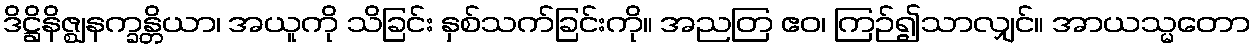
ဒိဋ္ဌိနိဇ္ဈနက္ခန္တိယာ၊ အယူကို သိခြင်း နှစ်သက်ခြင်းကို။ အညတြ ဧဝ၊ ကြဉ်၍သာလျှင်။ အာယသ္မတော